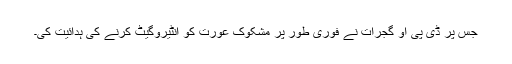
جس پر ڈی پی او گجرات نے فوری طور پر مشکوک عورت کو انٹیروگیٹ کرنے کی ہدائیت کی۔